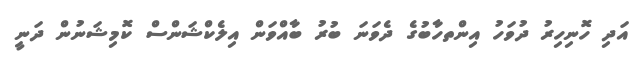
އަދި ހޮނިހިރު ދުވަހު އިންތހާބުގެ ދެވަނަ ބުރު ބާއްވަން އިލެކްޝަންސް ކޮމިޝަނުން ދަނީ